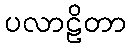
ပလာဠိတာ